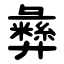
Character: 彝